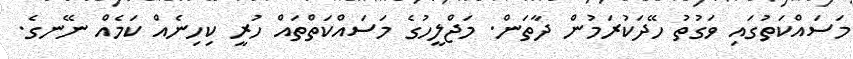
މަސައްކަތުގައި ވަގުތު ހޭދަކުރަމުން ދާތަން. މަޖްލީހުގެ މަސައްކަތްތައް ހުރީ ކިހިނެއް ކަމެއްް ނޭނގެ.